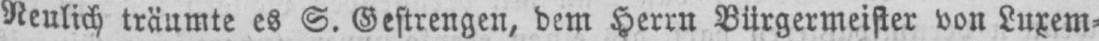
Neulich träumte es S. Gestrengen, dem Herrn Bürgermeister von Luxem⸗